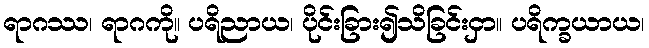
ရာဂဿ၊ ရာဂကို။ ပရိညာယ၊ ပိုင်းခြား၍သိခြင်းငှာ။ ပရိက္ခယာယ၊